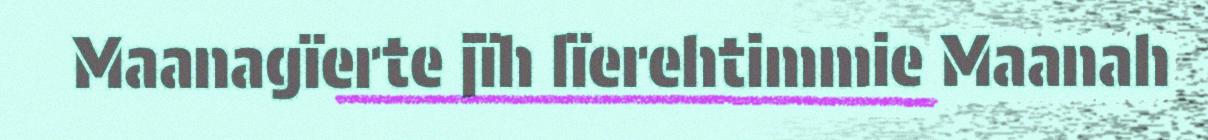
Maanagïerte jïh lïerehtimmie Maanah